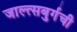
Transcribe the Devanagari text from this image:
जाल्त्सबुर्गची